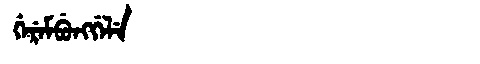
Manchu: ᡤᡝᡵᡝᠮᠪᡠᠩᡤᡝᠯᡝ
Romanization: GEREMBUNGGELE